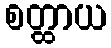
စတ္ထာယ